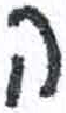
אות: ה